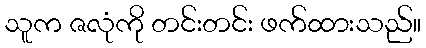
သူက ဇလုံကို တင်းတင်း ဖက်ထားသည်။